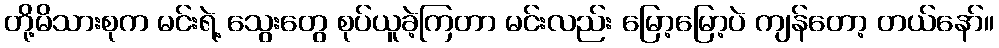
တို့မိသားစုက မင်းရဲ့ သွေးတွေ စုပ်ယူခဲ့ကြတာ မင်းလည်း မြော့မြော့ပဲ ကျန်တော့ တယ်နော်။